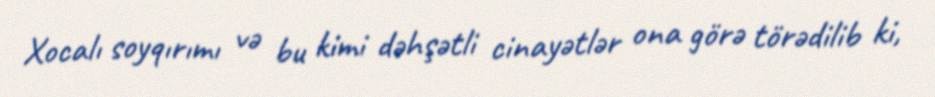
Xocalı soyqırımı və bu kimi dəhşətli cinayətlər ona görə törədilib ki,